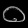
Digit: ၀